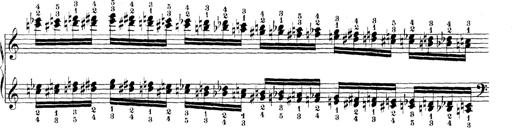
Title: Technische Studien
Composer: Franz Liszt